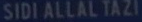
SIDI ALLAL TAZI